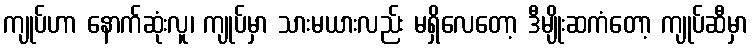
ကျုပ်ဟာ နောက်ဆုံးလူ၊ ကျုပ်မှာ သားမယားလည်း မရှိလေတော့ ဒီမျိုးဆကံတော့ ကျုပ်ဆီမှာ